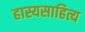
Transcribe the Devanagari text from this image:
हास्यसाहित्य